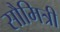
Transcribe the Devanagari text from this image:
सौमित्री